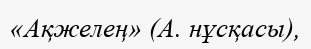
«Ақжелең» (А. нұсқасы),